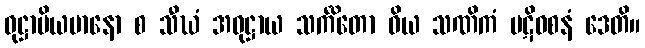
ဝုဋ္ဌာပိယမာနော စ သီဃံ အဝုဋ္ဌာယ သင်္ကိတော ဝိယ သဏိကံ ပဋိဝစနံ ဒေတိ။